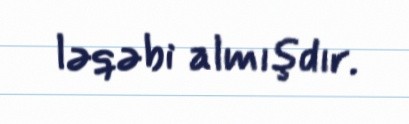
ləqəbi almışdır.